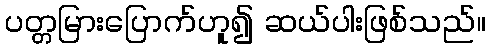
ပတ္တမြားပြောက်ဟူ၍ ဆယ်ပါးဖြစ်သည်။